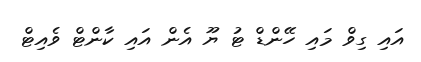
އައި ގިވް މައި ހޭންޑް ޓު ޔޫ އެން އައި ކާންޓް ވެއިޓް